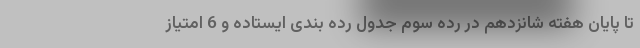
تا پایان هفته شانزدهم در رده سوم جدول رده بندی ایستاده و 6 امتیاز